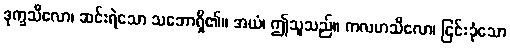
ဒုက္ခသီလော၊ ဆင်းရဲသော သဘောရှိ၏။ အယံ၊ ဤသူသည်။ ကလဟသီလော၊ ငြင်းခုံသော